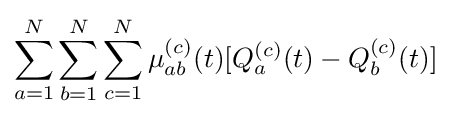
\sum _{a=1}^{N}\sum _{b=1}^{N}\sum _{c=1}^{N}\mu _{ab}^{(c)}(t)[Q_{a}^{(c)}(t)-Q_{b}^{(c)}(t)]